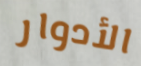
الأدوار